Annual administration report of the Civil Veterinary Department of India - 1892-1893
Year: 1892
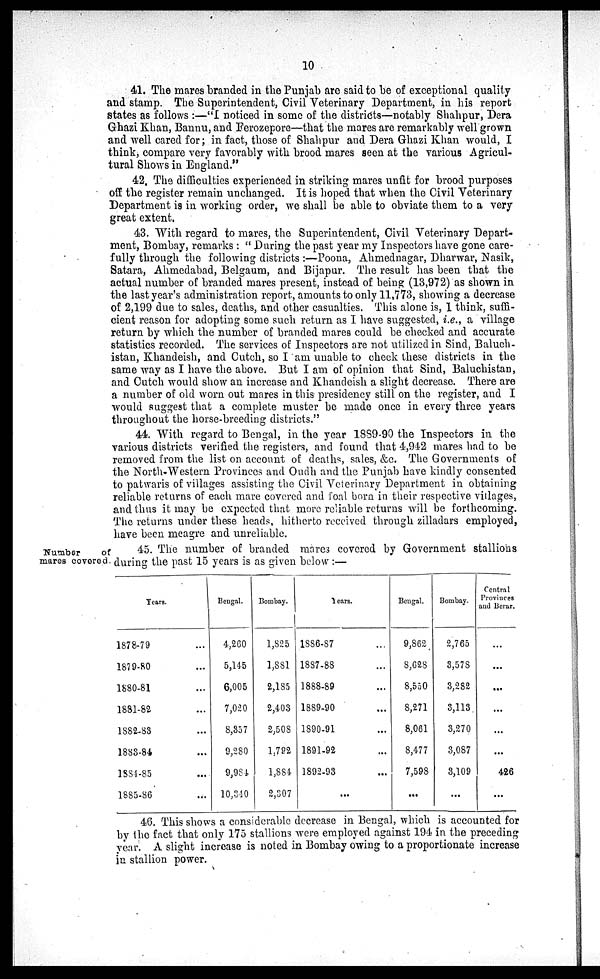
10
41. The mares branded in the Punjab are said to be of exceptional quality
and stamp. The Superintendent, Civil Veterinary Department, in his report
states as follows:—"I noticed in some of the districts—notably Shahpur, Dera
Ghazi Khan, Bannu, and Ferozepore—that the mares are remarkably well grown
and well cared for; in fact, those of Shahpur and Dera Ghazi Khan would, I
think, compare very favorably with brood mares seen at the various Agricul-
tural Shows in England."
42. The difficulties experienced in striking mares unfit for brood purposes
off the register remain unchanged. It is hoped that when the Civil Veterinary
Department is in working order, we shall be able to obviate them to a very
great extent.
43. With regard to mares, the Superintendent, Civil Veterinary Depart-
ment, Bombay, remarks: "During the past year my Inspectors have gone care-
fully through the following districts :—Poona, Ahmednagar, Dharwar, Nasik,
Satara, Ahmedabad, Belgaum, and Bijapur. The result has been that the
actual number of branded mares present, instead of being (13,972) as shown in
the last year's administration report, amounts to only 11,773, showing a decrease
of 2,199 due to sales, deaths, and other casualties. This alone is, I think, suffi-
cient reason for adopting some such return as I have suggested, i.e., a village
return by which the number of branded mares could be checked and accurate
statistics recorded. The services of Inspectors are not utilized in Sind, Baluch-
istan, Khandeish, and Cutch, so I am unable to check these districts in the
same way as I have the above. But I am of opinion that Sind, Baluchistan,
and Cutch would show an increase and Khandeish a slight decrease. There are
a number of old worn out mares in this presidency still on the register, and I
would suggest that a complete muster be made once in every three years
throughout the horse-breeding districts."
44. With regard to Bengal, in the year 1889-90 the Inspectors in the
various districts verified the registers, and found that 4,942 mares had to be
removed from the list on account of deaths, sales, &c. The Governments of
the North-Western Provinces and Oudh and the Punjab have kindly consented
to patwaris of villages assisting the Civil Veterinary Department in obtaining
reliable returns of each mare covered and foal born in their respective villages,
and thus it may be expected that more reliable returns will be forthcoming.
The returns under these heads, hitherto received through zilladars employed,
have been meagre and unreliable.
Number
of
mares covered.
45. The number of branded mares covered by Government stallions
during the past 15 years is as given below:—
Years.
1878-79 ...
1879-80 ...
1880-81 ...
1881-82 ...
1882-83 ...
1883-84 ...
1884-85 ...
1885-86 ...
Bengal.
4,260
5,145
6,005
7,020
8,357
9,280
9,984
10,340
Bombay.
1,825
1,881
2,185
2,403
2,508
1,792
1,884
2,307
Years.
1886-87 ...
1887-88 ...
1888-89 ...
1889-90 ...
1890-91 ...
1891-92 ...
1892-93 ...
...
Bengal.
9,862
8,628
8,550
8,271
8,061
8,477
7,598
...
Bombay.
2,765
3,578
3,282
3,113
3,270
3,087
3,109
...
Central
Provinces
and Berar.
...
...
...
...
...
...
426
...
46. This shows a considerable decrease in Bengal, which is accounted for
by the fact that only 175 stallions were employed against 194 in the preceding
year. A slight increase is noted in Bombay owing to a proportionate increase
in stallion power.